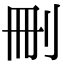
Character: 刪